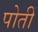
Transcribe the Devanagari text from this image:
पोतीं